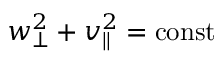
w _ { \perp } ^ { 2 } + v _ { \parallel } ^ { 2 } = \mathrm { c o n s t }